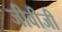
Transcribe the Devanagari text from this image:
जीवीजी